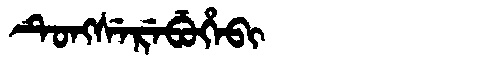
Manchu: ᡨᡠᠩᠰᡝᡵᡝᠪᡠᡥᡝᠪᡳ
Romanization: TUNGSEREBUHEBI